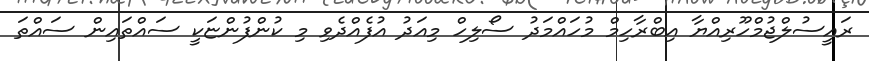
ރައީސުލްޖުމްހޫރިއްޔާ އިބްރާހިމް މުހައްމަދު ސޯލިހް މިއަދު އުފެއްދެވި މި ކުންފުންޏަކީ ސައްތައިން ސައްތަ